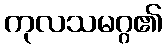
ကုလသမဂ္ဂ၏